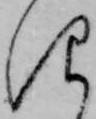
仰